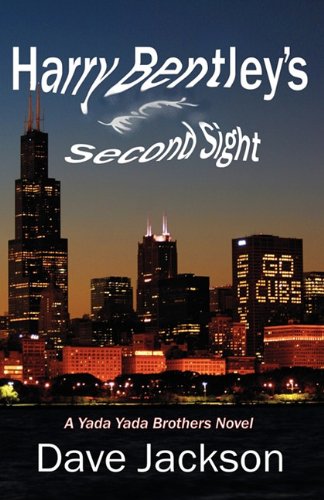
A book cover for Harry Bentley's Second Sight; Dave Jackson; Literature & Fiction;